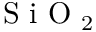
\textrm { S i O } _ { 2 }